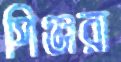
পিঞ্জরা